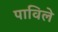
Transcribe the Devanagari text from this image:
पाविले